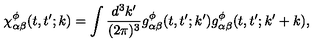
\chi _ { \alpha \beta } ^ { \phi } ( t , t ^ { \prime } ; k ) = \int \frac { d ^ { 3 } k ^ { \prime } } { ( 2 \pi ) ^ { 3 } } g _ { \alpha \beta } ^ { \phi } ( t , t ^ { \prime } ; k ^ { \prime } ) g _ { \alpha \beta } ^ { \phi } ( t , t ^ { \prime } ; k ^ { \prime } + k ) ,